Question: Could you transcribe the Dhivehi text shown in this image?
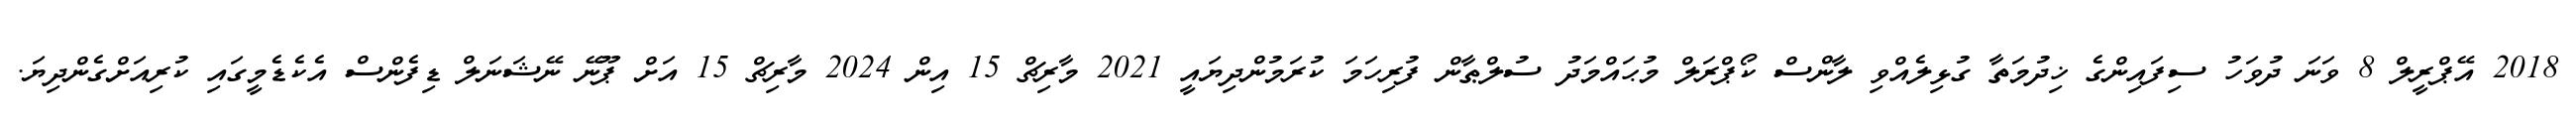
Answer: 2018 އޭޕްރީލް 8 ވަނަ ދުވަހު ސިފައިންގެ ޚިދުމަތާ ގުޅިލެއްވި ލާންސް ކޯޕްރަލް މުޙައްމަދު ސުލްޠާން ފުރިހަމަ ކުރަމުންދިޔައީ 2021 މާރިޗް 15 އިން 2024 މާރިޗް 15 އަށް ޕޫނޭ ނޭޝަނަލް ޑިފެންސް އެކެޑެމީގައި ކުރިއަށްގެންދިޔަ.